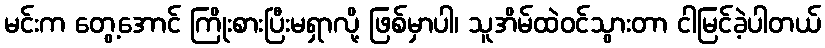
မင်းက တွေ့အောင် ကြိုးစားပြီးမရှာလို့ ဖြစ်မှာပါ၊ သူအိမ်ထဲဝင်သွားတာ ငါမြင်ခဲ့ပါတယ်